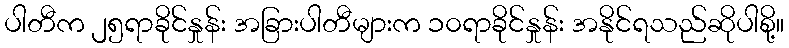
ပါတီက ၂၅ရာခိုင်နှုန်း အခြားပါတီများက ၁၀ရာခိုင်နှုန်း အနိုင်ရသည်ဆိုပါစို့။